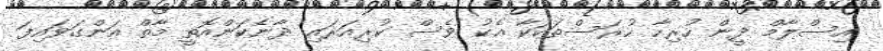
އިސްލާމް ދީން ހުރިހާ ހުރަސްތަކަކާ އެކު ވެސް ކުރިއަރައި ދާނެކަންއޮތީ މާތް އަންގަވައިފަ